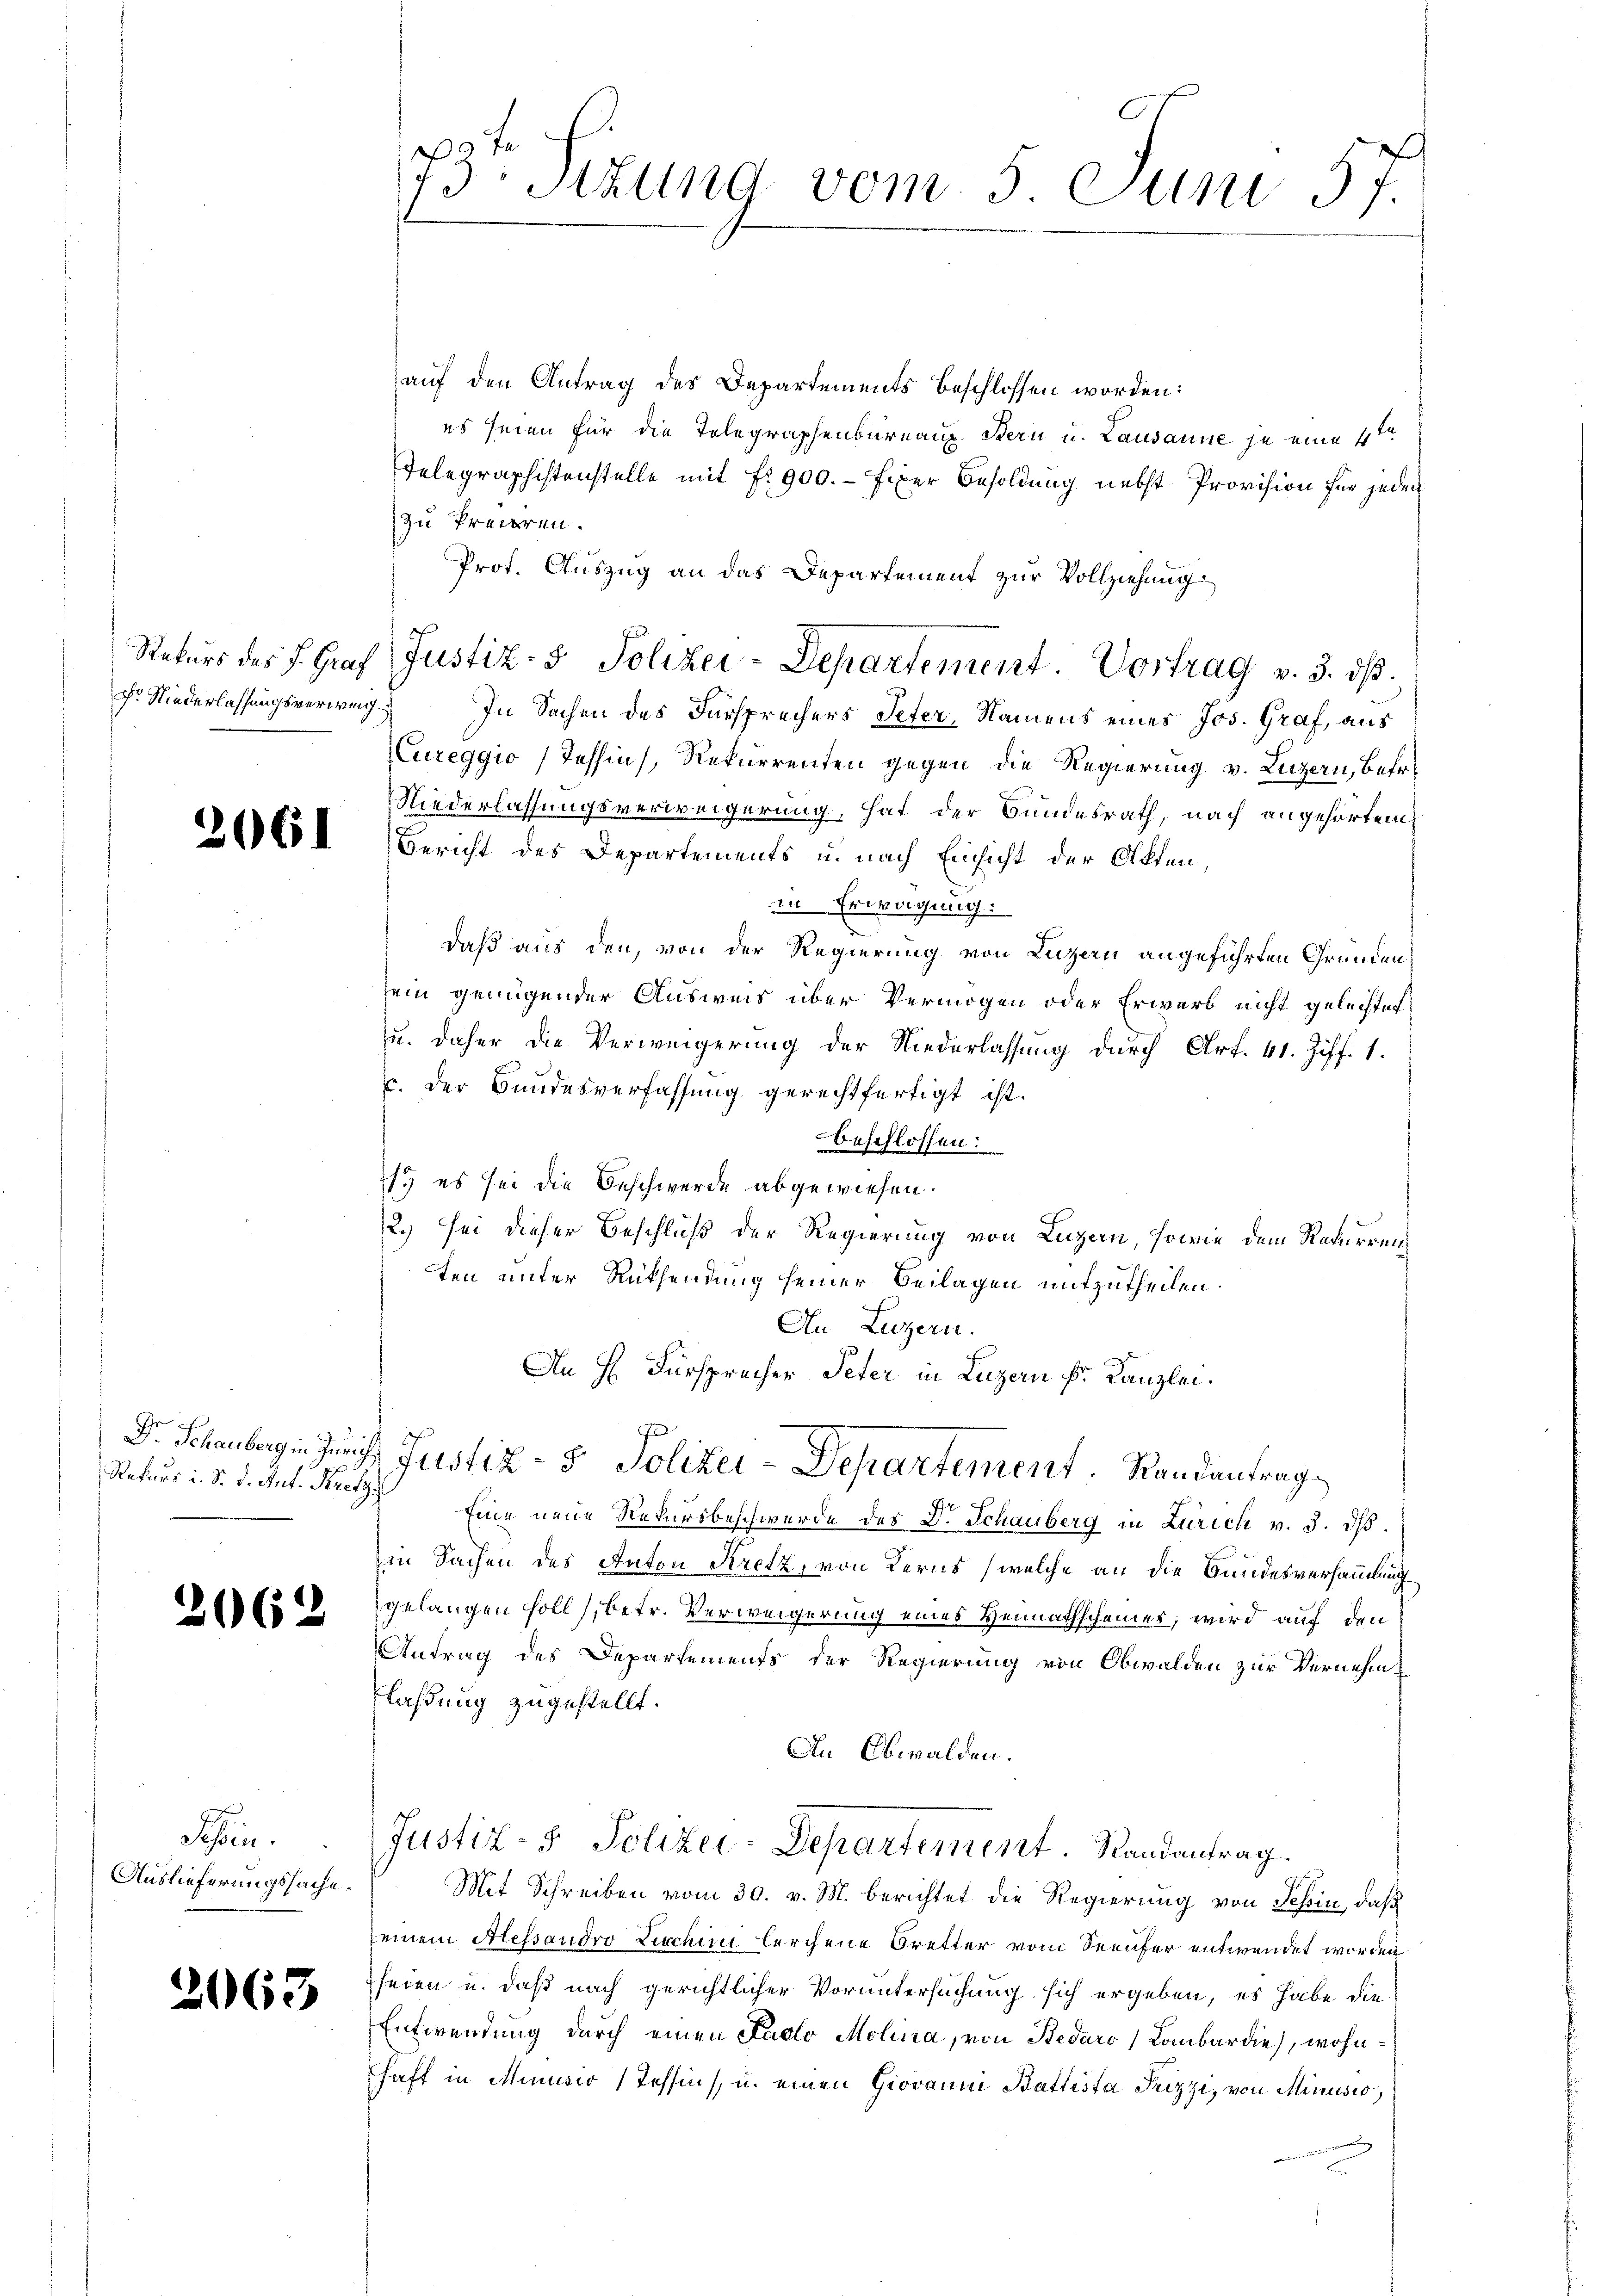
Fr Niederlassungsverweig

2061

Rekurs i. S. d. Ant. Kretzs

2062

Schen.
Auslieferungssache.

2063

auf den Antrag des Departements beschlossen worden:
es seien für die Telegraphenbureaux. Stern u. Lausanne je eine 4te
Telegraphistenstelle mit fr. 900.- Fixer Besoldung nebst Provision für jeden
zu freieren.
Prof. Auszug an das Departement zur Vollziehung
Rekurs des J. Graf Justiz- & Polizei-Departement. Vortrag v. 3. ds.
In Sachen des Fürsprechers Peter, Namens eines Jos. Graf, aus
Cureggio (Tessin, Rekurrenten gegen die Regierung v. Luzern, betr.
Niederlassungsverweigerung, hat der Bundesrath, nach angehörtem
Bericht des Departements u. nach Einsicht der Olkten,
in Erwägung.
daß aus den, von der Regierung von Luzern angeführten Gründen,
sein genügender Ausweis über Vermögen oder Erwerb nicht gelechtet
u. daher die Verweigerung der Niederlassung durch Art. 41. Ziff. 1.
u. der Bundesverfassung gerechtfertigt ist.
beschlossen:
21. es sei die Beschwerde abgewiesen.
2.) Sei dieser Beschluß der Regierung von Luzern, sowie dem Rekurrenz
ten unter Rüksendung seiner Beilagen mitzutheilen.
An Luzern.
An H. Fürsprecher Peter in Luzern k. Kanzlei.
Dr. Schauberg in Zürich Justiz- & Polizei-Departement. Randantrag
Eine neue Rekursbeschwerde des Dr. Schauberg in Zürich v. 3. dβ.
in Sachen des Anton Kretz, von Kerns (welche an die Bundesversammlung
gelangen soll), betr. Verweigerung eines Heimathscheiner, wird auf den
Antrag des Departements der Regierung von Obwalden zur Vernehm¬
Flaßung zugestellt.
An Obwalden.
Justiz- & Polizei-Departement. Randantrag.
Mit Schreiben vom 30. v. M. berichtet die Regierung von Schin, daß
einem Alessandro Ziechin lerchene Bretter vom Seeufer entwendet worden
seien u. daß nach gerichtlicher Voruntersuchung sich ergeben, es habe die
Entwendung durch einen Facto Molina, von Bedaro, Lombardie), wohnhaft in Minisir Tessin, u. einen Giovanni Ballista Trizzi, von Minusio,

73. Sekund vom 5 Juni 57.